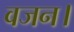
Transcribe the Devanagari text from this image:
वजन।